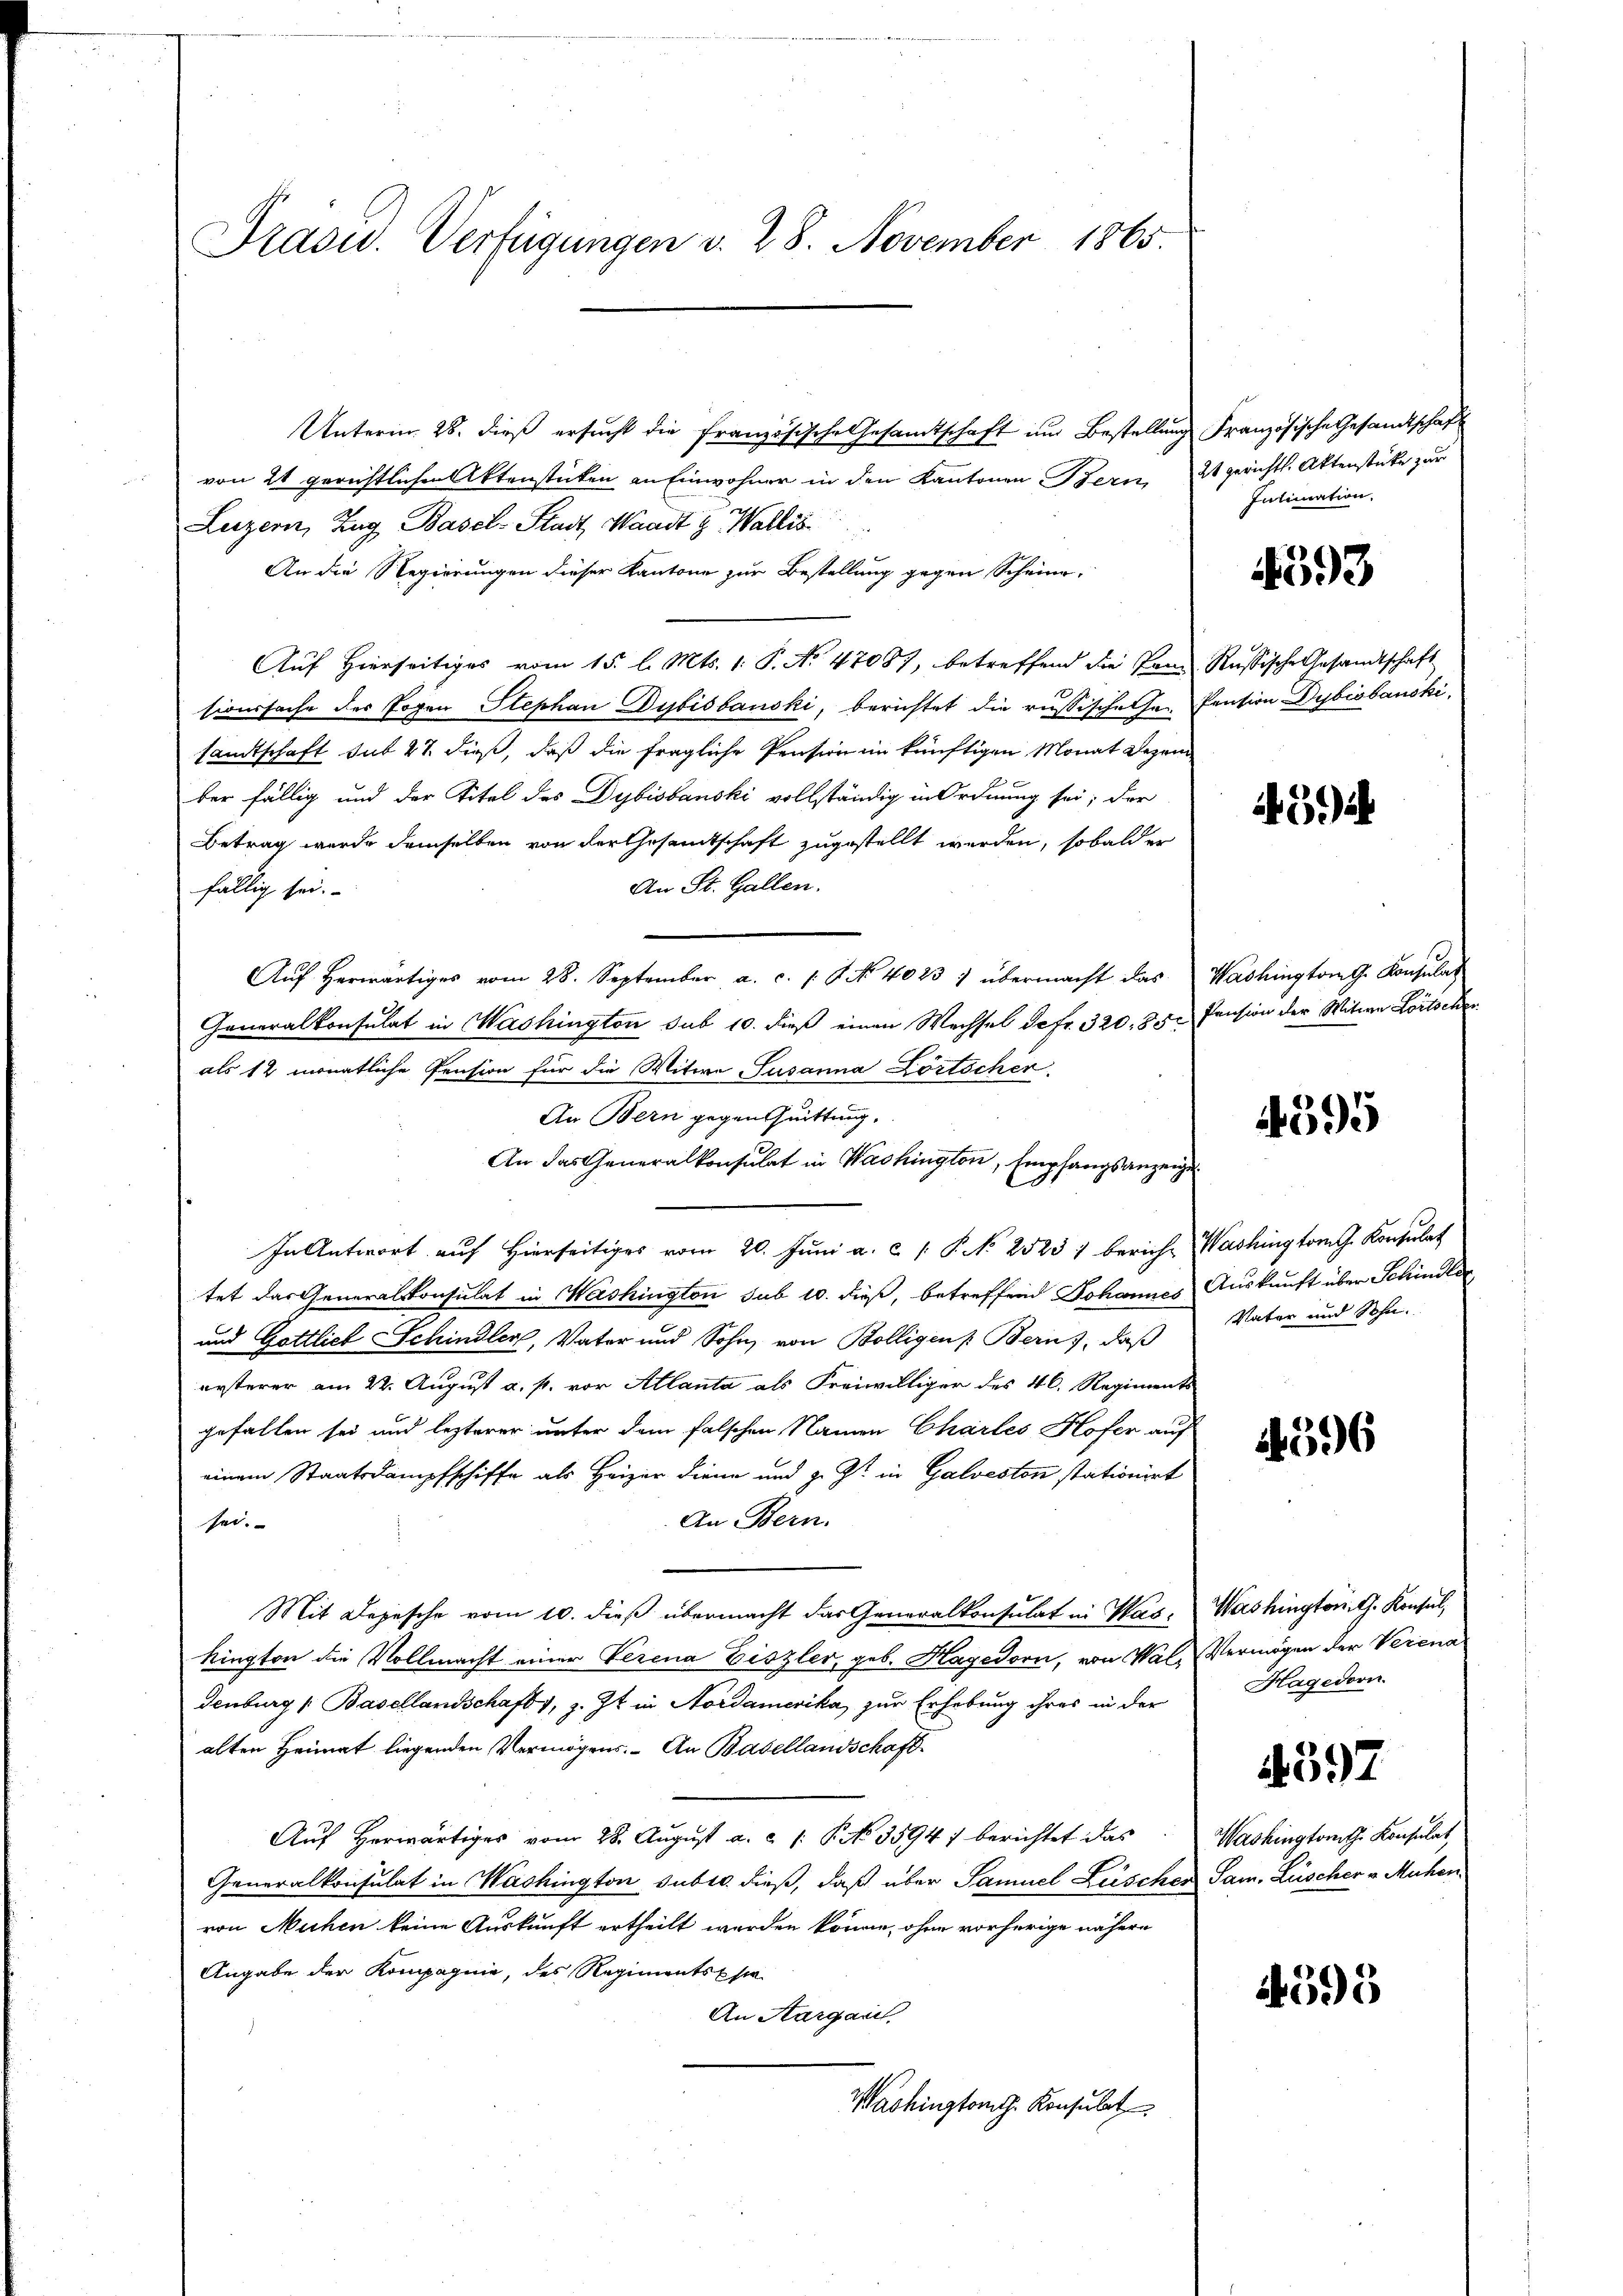
Prasw. Verfügungen v. 28. November 1865.

Unterm 28. dieß ersucht die französische Gesamtschaft und Bestellung Französische Gesandtschaft
von 24 gerichtlichen Aktenstücken an Einwohner in den Kantonen Bern, 2 gerichtl. Aktenstücke zur
Luzern, Zug Basel-Stadt, Waadt & Wallis
An die Regierungen dieser Kantone zur Bestellung gegen Scheine,
Auf Hierseitiges vom 15. l. Mts. 1. P. No 47087, betreffend die Tan Russische Gesandtschaft
sionssache des Tagen Stephan Dubisbauski, berichtet die russischehen Pension Dybisbauski,
sandtschaft sub 27. dieß, daß die fragliche Pension im künftigen Monat Dezem
ber fällig und der Titel des Dybisbauski vollständig in Ordnung sei; der
Betrag wurde demselben von der Gesamtschaft zugestellt werden, sobald er
An St. Gallen.
fällig sei.
Aŭf herwärtiges vom 28. September a. c. 1. No 4023) übermacht das Washington G. Konsulat
Generalkonsulat in Washington sub 10. dieß einen Wechsel de fr. 320. 835. Pension der Witwe Lortscher
als 12 monatliche Pension für die Witwe Susanna Körtscher
An Bern gegen Quittung.
An das Generalkonsulat in Washington, Empfangsanzeige¬
In Antwort auf hierseitiges vom 20. Jŭni a. c. 1 P. No 2523 1 bericht Washington G. Konsulat
tet das Generalkonsulat in Washington sub 10. dieß, betreffend Johannes Auskunft über Schindler
und Gottlich Schindler, Vater und Sohn von Bolligen Berns, daß Vater und Sohn.
ersterer am 22. August a. p. vor Allanta als Freiwilliger des 46. Regiments
gefallen sei und lezterer unter dem falschen Namen Chartes Hofer auf
einem Staatskampfschiffe als Heizer diene und z. Zt. in Galveston stationirt
An Bern.
sei.
Mit Depesche vom 10. dieß übermacht das Generalkonsulat in Was- Washington, G. Konsul,
kington die Vollmacht einer Verena Eiszler, geb. Hagedorn, von Wal, Vermögen der Verena
denburg u Basellandschaft 1, z. Zt. in Nordamerika zur Erhebung ihres in der
alten Heimat liegenden Vermögens. An Basellandschaft
Aŭf herwärtiges vom 28. Aŭgŭst a. a. 1. P. No. 3594) berichtet das Washingtont. Konsulat
Generalkonsulat in Washington subro dieß, daß über Samuel Lüscher Sam. Lüscher v. Muhen
von Mühen keine Auskunft ertheilt werden könne, ohne vorherige nähere
Angabe der Kompagnie, des Regiments sie
An Aargau.
Washingtong. Konsulat

Intimation,

4593

459)

4595

4596

Hagedorn

4597

4595